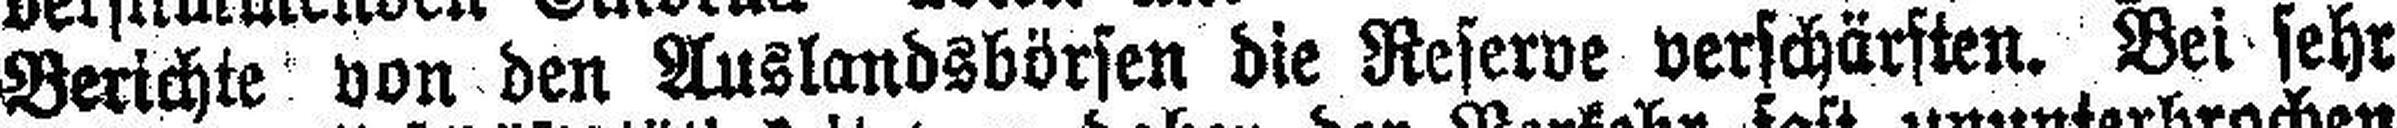
Berichte von den Auslandsbörsen die Reserve verschärften. Bei sehr